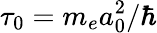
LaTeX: \tau_{0}=m_{e}a_{0}^{2}/\hbar